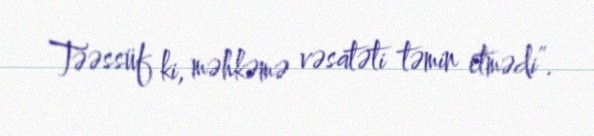
Təəssüf ki, məhkəmə vəsatəti təmin etmədi”.